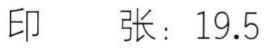
印  张：19.5